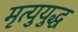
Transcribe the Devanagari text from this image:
मृत्युयुद्ध